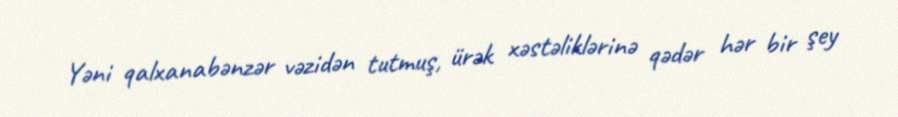
Yəni qalxanabənzər vəzidən tutmuş, ürək xəstəliklərinə qədər hər bir şey